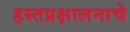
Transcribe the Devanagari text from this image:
हस्तप्रक्षालनाचे